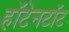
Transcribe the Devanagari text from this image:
हॉटेनटॉट